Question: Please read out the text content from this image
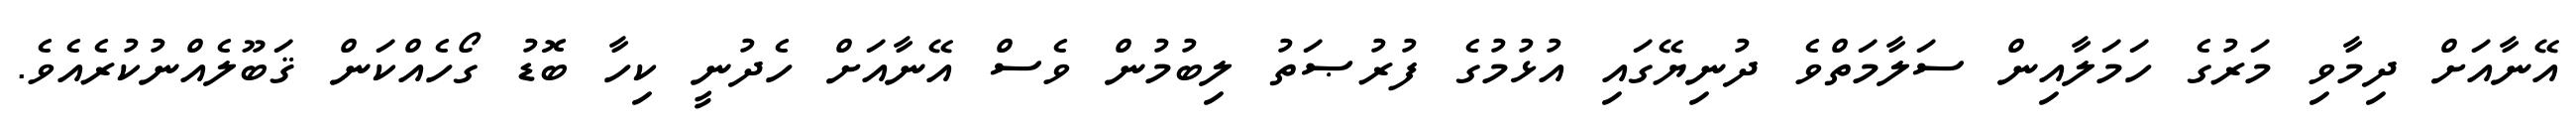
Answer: އޭނާއަށް ދިމާވި މަރުގެ ހަމަލާއިން ސަލާމަތްވެ ދުނިޔޭގައި އުޅުމުގެ ފުރުޞަތު ލިބުމުން ވެސް އޭނާއަށް ހެދުނީ ކިހާ ބޮޑު ގޯހެއްކަން ޤަބޫލެއްނުކުރެއެވެ.